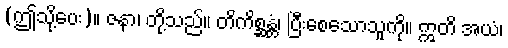
(ဤသို့ပေး)။ ဇနာ၊ တို့သည်။ တိကိစ္ဆန္တံ၊ ပြီးစေသောသူကို။ ဣတိ အယံ၊